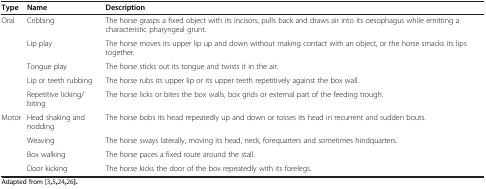
<table><thead><tr><td><b>Type</b></td><td><b>Name</b></td><td><b>Description</b></td></tr></thead><tbody><tr><td rowspan="5">Oral</td><td>Cribbing</td><td>The horse grasps a fixed object with its incisors, pulls back and draws air into its oesophagus while emitting a characteristic pharyngeal grunt.</td></tr><tr><td>Lip play</td><td>The horse moves its upper lip up and down without making contact with an object, or the horse smacks its lips together.</td></tr><tr><td>Tongue play</td><td>The horse sticks out its tongue and twists it in the air.</td></tr><tr><td>Lip or teeth rubbing</td><td>The horse rubs its upper lip or its upper teeth repetitively against the box wall.</td></tr><tr><td>Repetitive licking/biting</td><td>The horse licks or bites the box walls, box grids or external part of the feeding trough.</td></tr><tr><td rowspan="4">Motor</td><td>Head shaking and nodding</td><td>The horse bobs its head repeatedly up and down or tosses its head in recurrent and sudden bouts.</td></tr><tr><td>Weaving</td><td>The horse sways laterally, moving its head, neck, forequarters and sometimes hindquarters.</td></tr><tr><td>Box walking</td><td>The horse paces a fixed route around the stall.</td></tr><tr><td>Door kicking</td><td>The horse kicks the door of the box repeatedly with its forelegs.</td></tr></tbody></table>